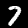
Label: 7